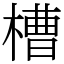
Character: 槽